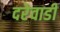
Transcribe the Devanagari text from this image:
दरेवाडी